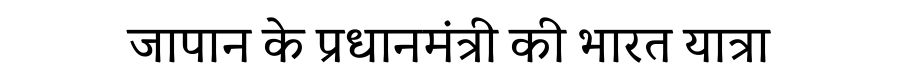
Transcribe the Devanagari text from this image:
जापान के प्रधानमंत्री की भारत यात्रा